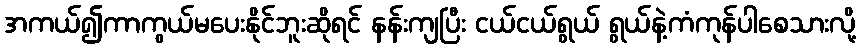
အကယ်၍ကာကွယ်မပေးနိုင်ဘူးဆိုရင် နန်းကျပြီး ငယ်ငယ်ရွယ် ရွယ်နဲ့ကံကုန်ပါစေသားလို့